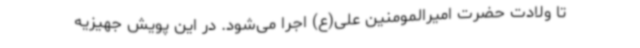
تا ولادت حضرت امیرالمومنین علی(ع) اجرا می‌شود. در این پویش جهیزیه